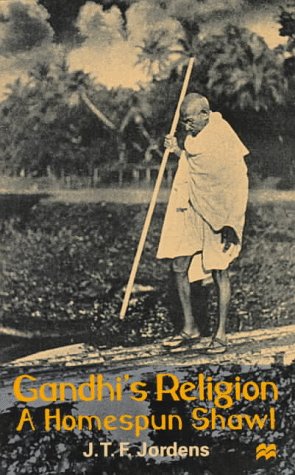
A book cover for Gandhi's Religion: A Homespun Shawl; J. T. F. Jordens; Religion & Spirituality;